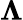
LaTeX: \boldsymbol{\Lambda}